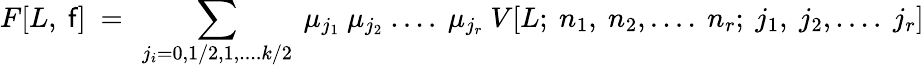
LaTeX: F[L,~\mathsf{f}]~=~\sum_{j_{i}=0,1/2,1,....k/2}~\mu_{j_{1}}~\mu_{j_{2}}~....~\mu_{j_{r}}~V[L;~n_{1},~n_{2},....~n_{r};~j_{1},~j_{2},....~j_{r}]